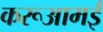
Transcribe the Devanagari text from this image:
करूआमई